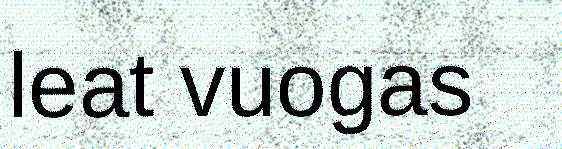
leat vuogas